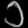
Digit: ၁